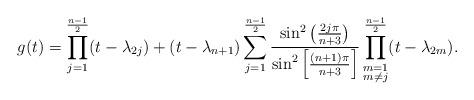
LaTeX: \begin{align*}g(t) = \prod_{j=1}^{\frac{n-1}{2}}(t - \lambda_{2j}) + (t - \lambda_{n+1}) \sum_{j=1}^{\frac{n-1}{2}} \frac{\sin^{2} \left(\frac{2j\pi}{n + 3} \right)}{\sin^{2} \left[\frac{(n+1)\pi}{n + 3} \right]} \prod_{\substack{m=1 \\ m \neq j}}^{\frac{n-1}{2}} (t - \lambda_{2m}).\end{align*}